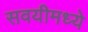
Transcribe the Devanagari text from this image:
सवयीमध्ये